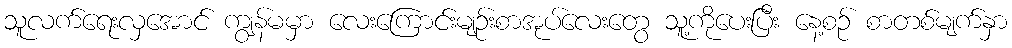
သူလက်ရေးလှအောင် ကျွန်မမှာ လေးကြောင်းမျဉ်းစာအုပ်လေးတွေ သူ့ကိုပေးပြီး နေ့စဉ် စာတစ်မျက်နှာ